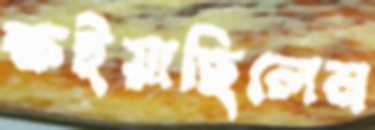
ক্ষইয়াছিলেন